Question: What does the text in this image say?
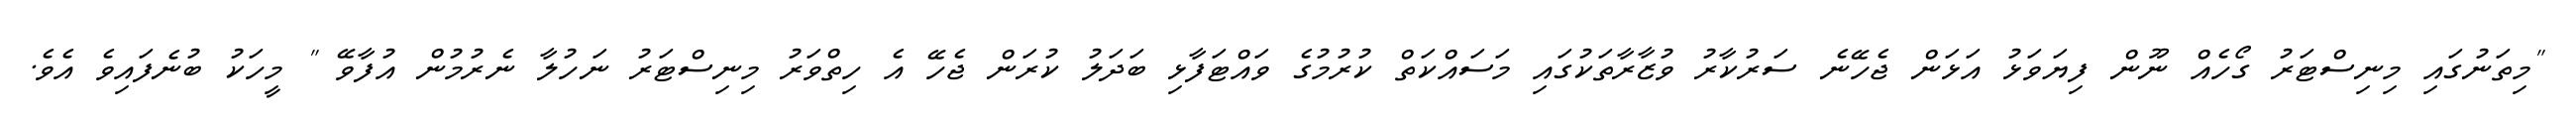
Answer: "މިތަނުގައި މިނިސްޓަރު ގޯހެއް ނޫން ފިޔަވަޅު އަޅަން ޖެހޭނެ ސަރުކާރު ވުޒާރާތަކުގައި މަސައްކަތް ކުރުމުގެ ވައްޓަފާޅި ބަދަލު ކުރަން ޖެހޭ އެ ހިތްވަރު މިނިސްޓަރު ނަހުލާ ނެރުމުން އުފާވޭ " މީހަކު ބުނެފައިވެ އެވެ.